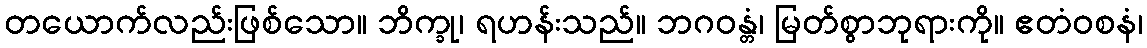
တယောက်လည်းဖြစ်သော။ ဘိက္ခု၊ ရဟန်းသည်။ ဘဂဝန္တံ၊ မြတ်စွာဘုရားကို။ ဧတံဝစနံ၊